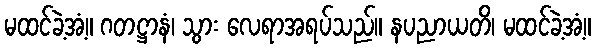
မထင်ခဲ့အံ့။ ဂတဋ္ဌာနံ၊ သွား လေရာအရပ်သည်။ နပညာယတိ၊ မထင်ခဲ့အံ့။